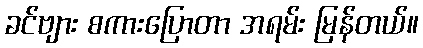
ခင်ဗျား စကားပြောတာ အရမ်း မြန်တယ်။